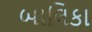
બાલિકા